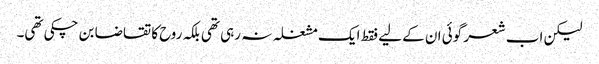
لیکن اب شعر گوئی ان کے لیے فقط ایک مشغلہ نہ رہی تھی بلکہ روح کا تقاضا بن چکی تھی۔